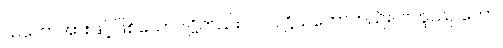
သဘောအားဖြင့်ဖြစ်သောပါဋ္ဌိတည်း။ ဝါ၊ ပါဋ္ဌိသဘောတည်း။ ဗဟူဿု တော၊